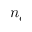
n _ { e }